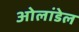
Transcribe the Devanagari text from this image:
ओलांडेल